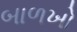
બાળખો